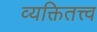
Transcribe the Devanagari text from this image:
व्यक्तितत्त्व